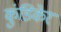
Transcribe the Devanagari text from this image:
कुंडिकेर